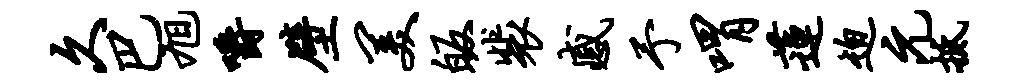
久巴旭嚼壁美皈裴感予喟莲迫元抵